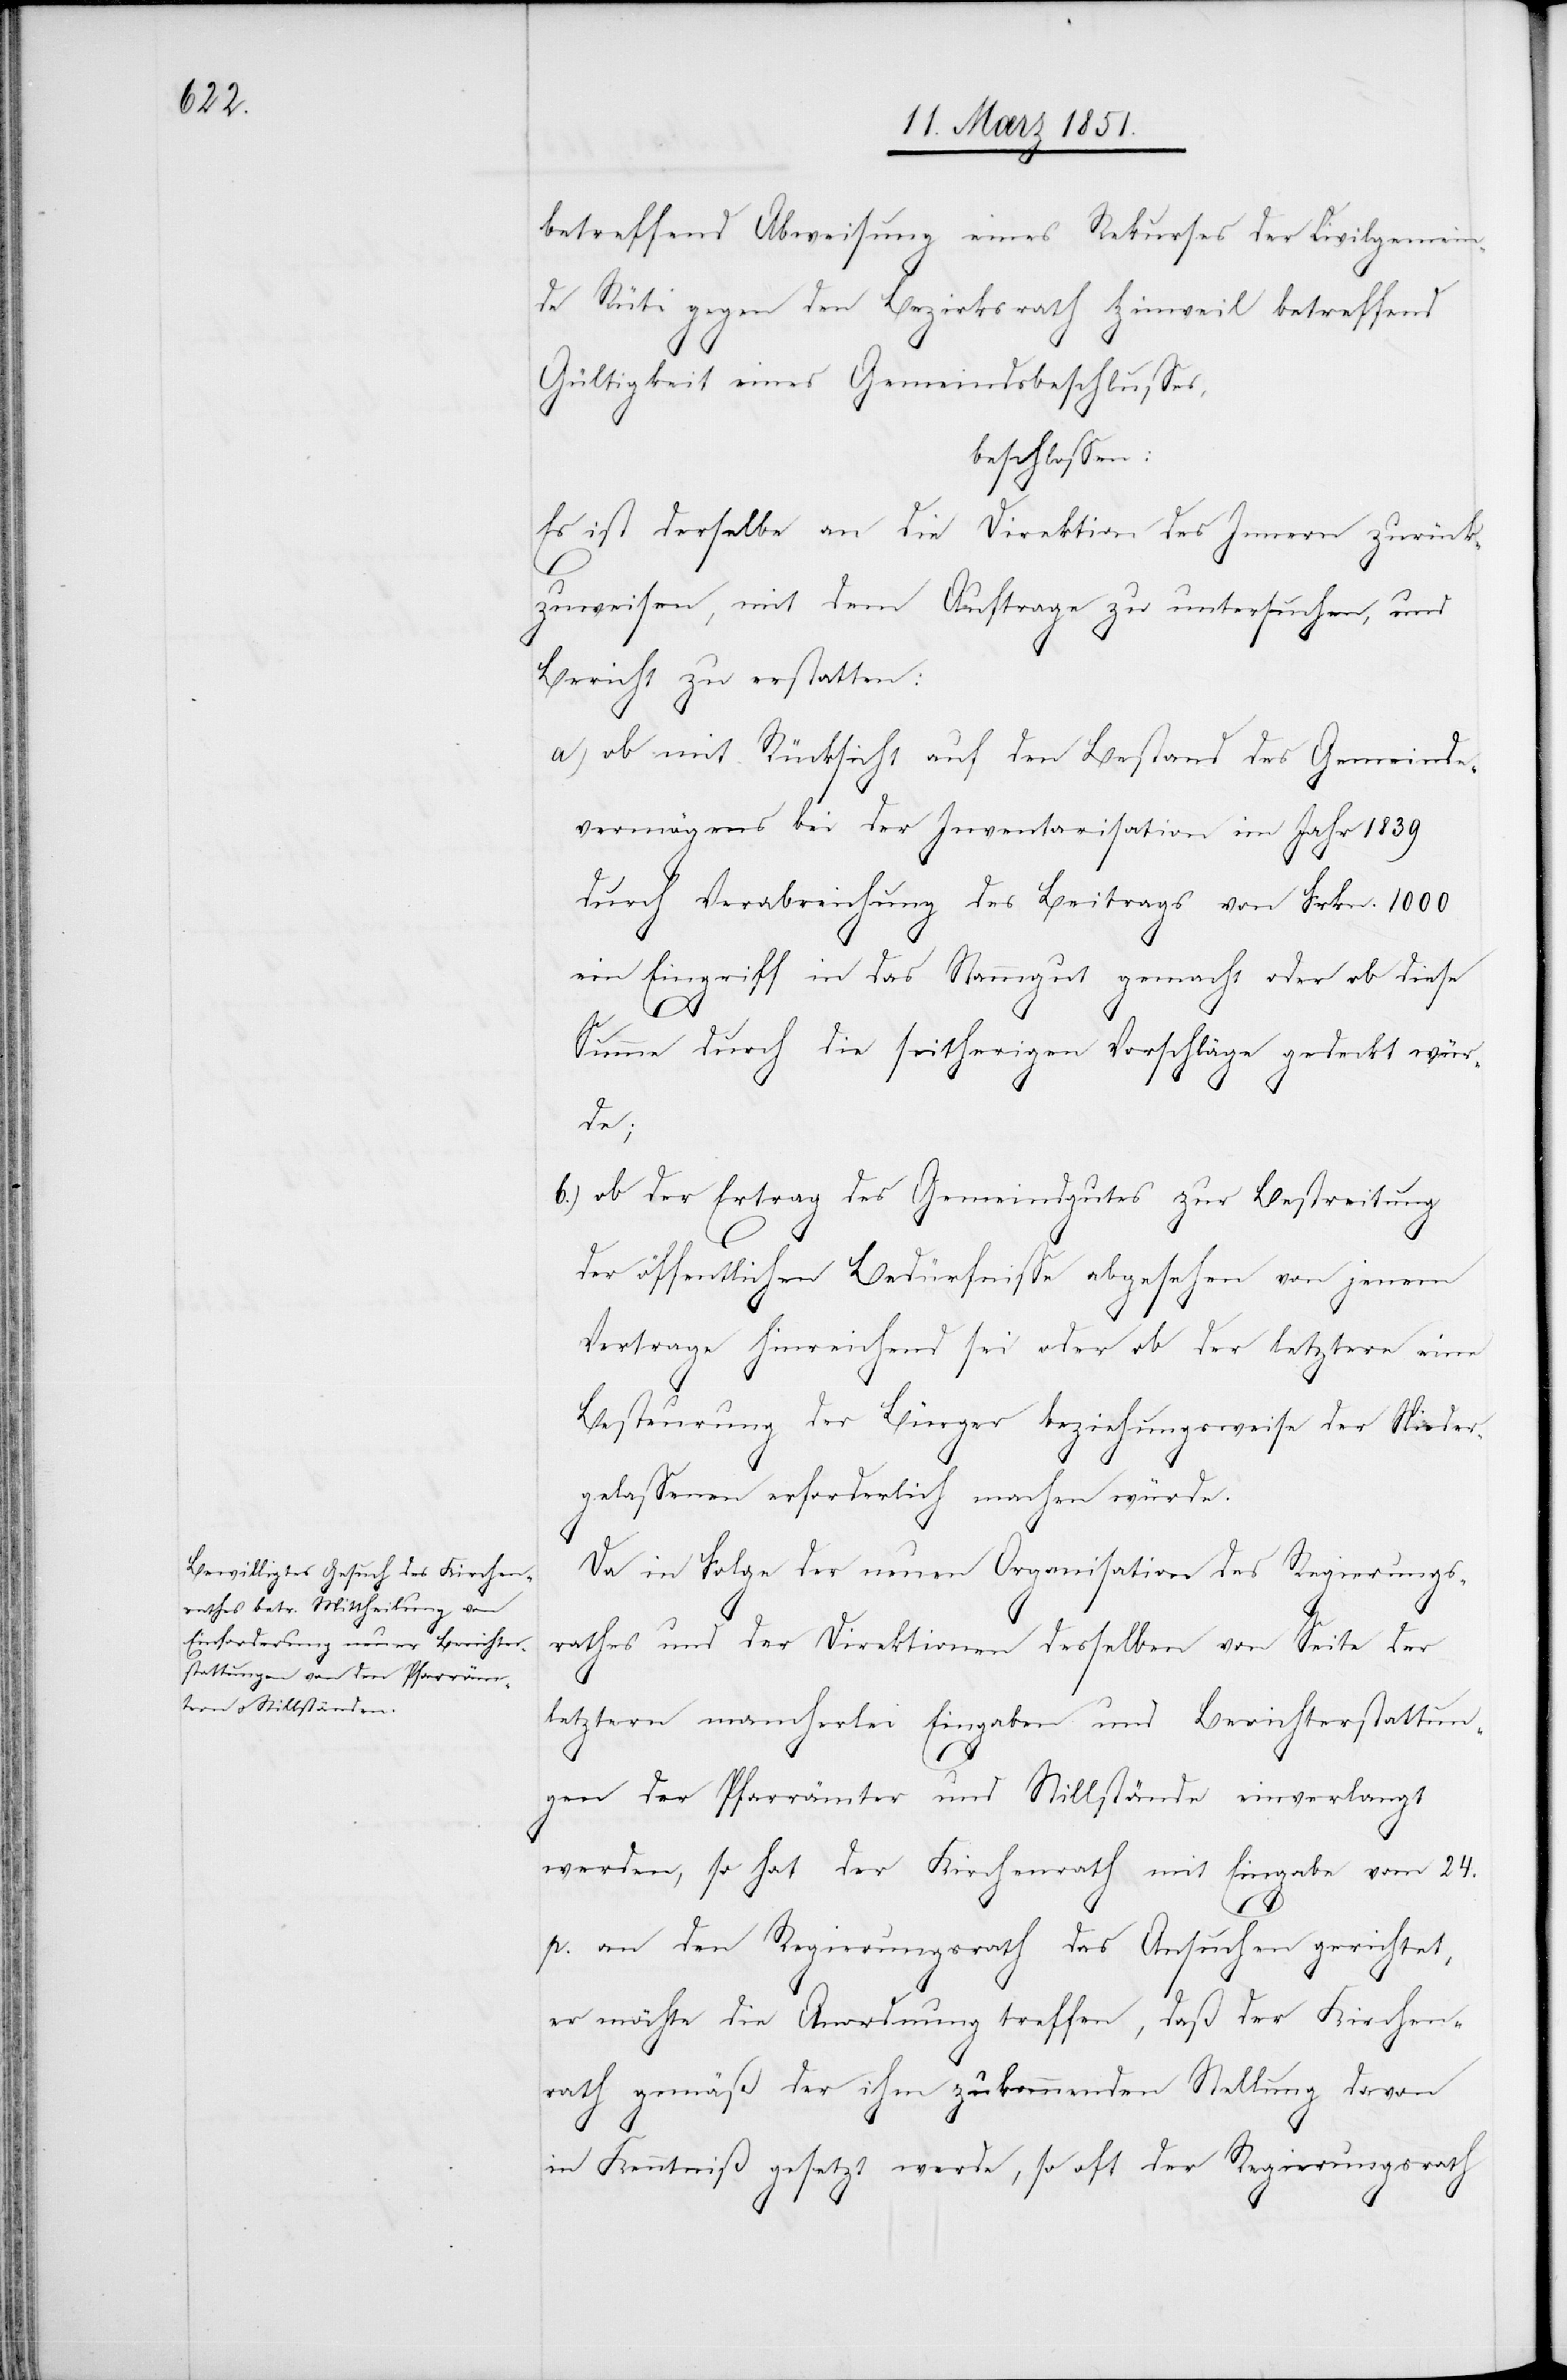
betreffend Abweisung eines Rekurses der Civilgemein¬
de Rüti gegen den Bezirksrath Hinweil betreffend
Gültigkeit eines Gemeindsbeschlusses,
beschlossen:
Es ist derselbe an die Direktion des Innern zurück¬
zuweisen, mit dem Auftrage zu untersuchen, und
Bericht zu erstatten:
ob mit Rücksicht auf den Bestand des Gemeinde¬
vermögens bei der Inventarisation im Jahr 1839
durch Verabreichung des Beitrags von Frkn. 1000
ein Eingriff in das Stammgut gemacht oder ob diese
Summe durch die seitherigen Vorschläge gedeckt wür¬
de;
ob der Ertrag des Gemeindgutes zur Bestreitung
der öffentlichen Bedürfnisse abgesehen von jenem
Vertrage hinreichend sei oder ob der letztere eine
Besteurung der Bürger beziehungsweise der Nieder¬
gelassenen erforderlich machen würde.
Da in Folge der neuen Organisation des Regierungs¬
rathes und der Direktionen desselben von Seite der
letztern mancherlei Eingaben und Berichterstattun¬
gen der Pfarrämter und Stillstände einverlangt
werden, so hat der Kirchenrath mit Eingabe vom 24.
p. an den Regierungsrath das Ansuchen gerichtet,
er möchte die Anordnung treffen, daß der Kirchen¬
rath gemäß der ihm zukommenden Stellung davon
in Kenntniß gesetzt werde, so oft der Regierungsrath